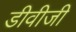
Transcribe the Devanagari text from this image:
डीवीजी